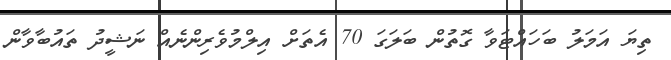
ތިޔަ އަމަލު ބަހައްޓަވާ ގޮތުން ބަލަގަ 70 އެތަށް އިލްމުވެރިންނެއް ނަޝީދު ތައުބާވާން